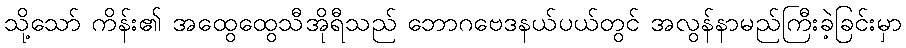
သို့သော် ကိန်း၏ အထွေထွေသီအိုရီသည် ဘောဂဗေဒနယ်ပယ်တွင် အလွန်နာမည်ကြီးခဲ့ခြင်းမှာ